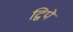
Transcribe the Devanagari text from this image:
द्विपे